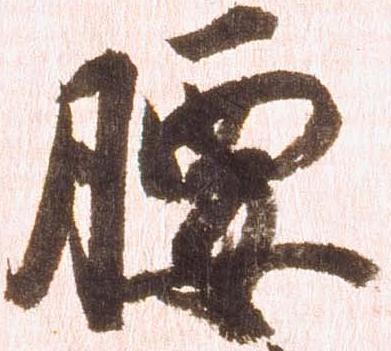
腰